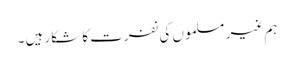
ہم غیر مسلموں کی نفرت کا شکار ہیں ۔